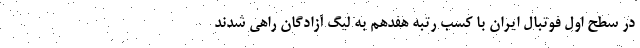
در سطح اول فوتبال ایران با کسب رتبه هفدهم به لیگ آزادگان راهی شدند